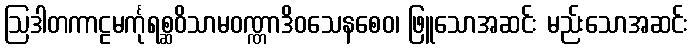
ဩဒါတကာဠမင်္ကုရစ္ဆဝိသာမဝဏ္ဏာဒိဝသေနစေဝ၊ ဖြူသောအဆင်း မည်းသောအဆင်း